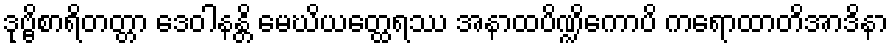
ဒုဗ္ဗိစာရိတတ္တာ ဒေဝါနန္တိ မေဃိယတ္ထေရဿ အနာထပိဏ္ဍိကောပိ ကရောထာတိအာဒိနာ